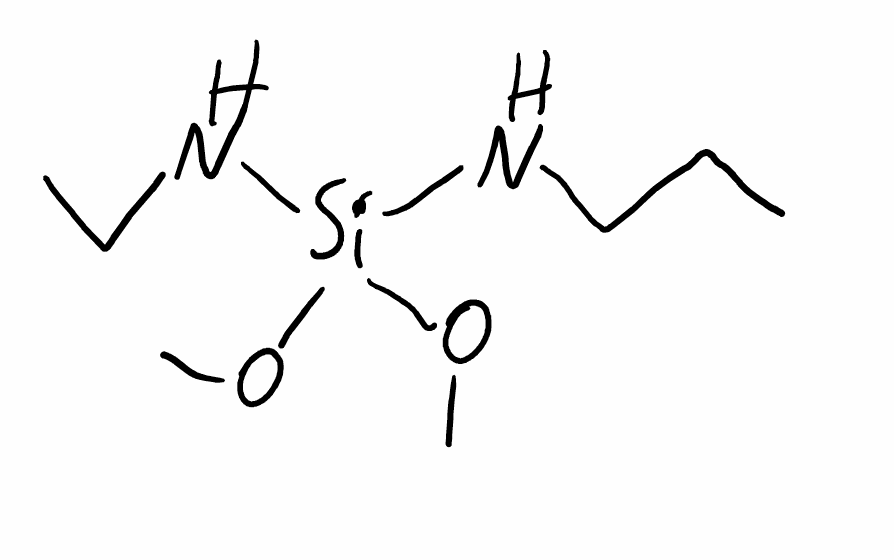
Simplified molecular-input line-entry system (SMILES) notation of the given molecule:
CCCN[Si](NCC)(OC)OC